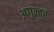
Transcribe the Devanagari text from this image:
अगुन्तर